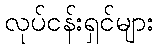
လုပ်ငန်းရှင်များ